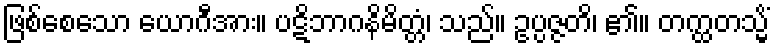
ဖြစ်စေသော ယောဂီအား။ ပဋိဘာဂနိမိတ္တံ၊ သည်။ ဥပ္ပဇ္ဇတိ၊ ၏။ တက္ထတသ္မိံ